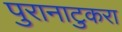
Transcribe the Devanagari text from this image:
पुरानाटुकरा